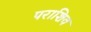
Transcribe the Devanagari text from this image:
पराशिव